Civil Veterinary Dept. Bombay admin report 1932-41 - 1932-1941
Year: 1932
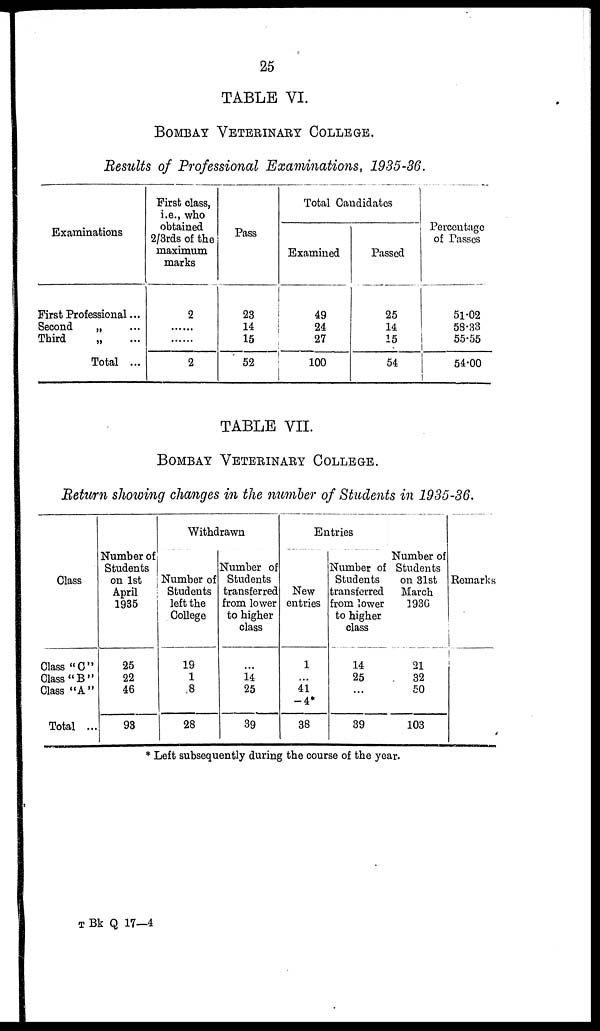
25
TABLE VI.
BOMBAY VETERINARY COLLEGE.
Results of Professional Examinations, 1935-36.
Examinations
First Professional ...
Second
„ ...
Third
„ ...
Total ...
First class,
i.e., who
obtained
2/3rds of the
maximum
marks
2
......
......
2
Pass
23
14
15
52
Total Candidates
Examined
49
24
27
100
Passed
25
14
15
54
Percentage
of Passes
51.02
58.33
55.55
54.00
TABLE VII.
BOMBAY VETERINARY COLLEGE.
Return showing changes in the number of Students in 1935-36.
Class
Class "C"
Class "B"
Class "A"
Total ...
Number of
Students
on 1st
April
1935
25
22
46
93
Withdrawn
Number of
Students
left the
College
19
1
8
28
Number of
Students
transferred
from lower
to higher
class
...
14
25
39
Entries
New
entries
1
...
41
— 4*
38
Number of
Students
transferred
from lower
to higher
class
14
25
...
39
Number of
Students
on 31st
March
1936
21
32
50
103
Remarks
* Left subsequently during the course of the year.
T Bk Q 17—4